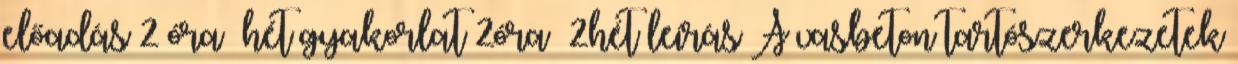
előadás 2 óra hét gyakorlat 2óra 2hét leírás A vasbeton tartószerkezetek